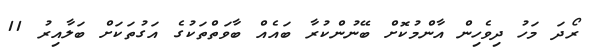
ރޯދަ މަހު ދިވެހިން އާންމުކޮށް ބޭނުންކުރާ ބައެއް ބާވަތްތަކުގެ އަގުތަކަށް ބަލާއިރު 11